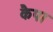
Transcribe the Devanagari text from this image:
कैपा